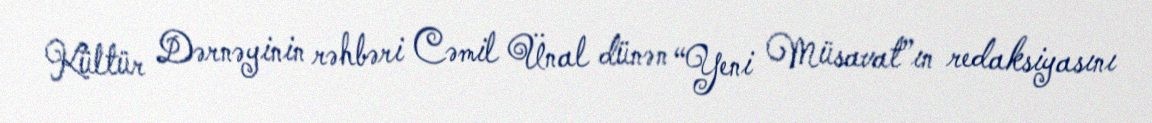
Kültür Dərnəyinin rəhbəri Cəmil Ünal dünən “Yeni Müsavat”ın redaksiyasını